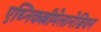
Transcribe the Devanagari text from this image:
एथ्निकल्लीमेलानेसियन